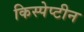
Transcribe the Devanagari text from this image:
किस्पेप्टीन